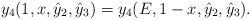
\begin{align*}y_4(1,x,\hat{y}_2,\hat{y}_3)=y_4(E,1-x,\hat{y}_2,\hat{y}_3).\end{align*}